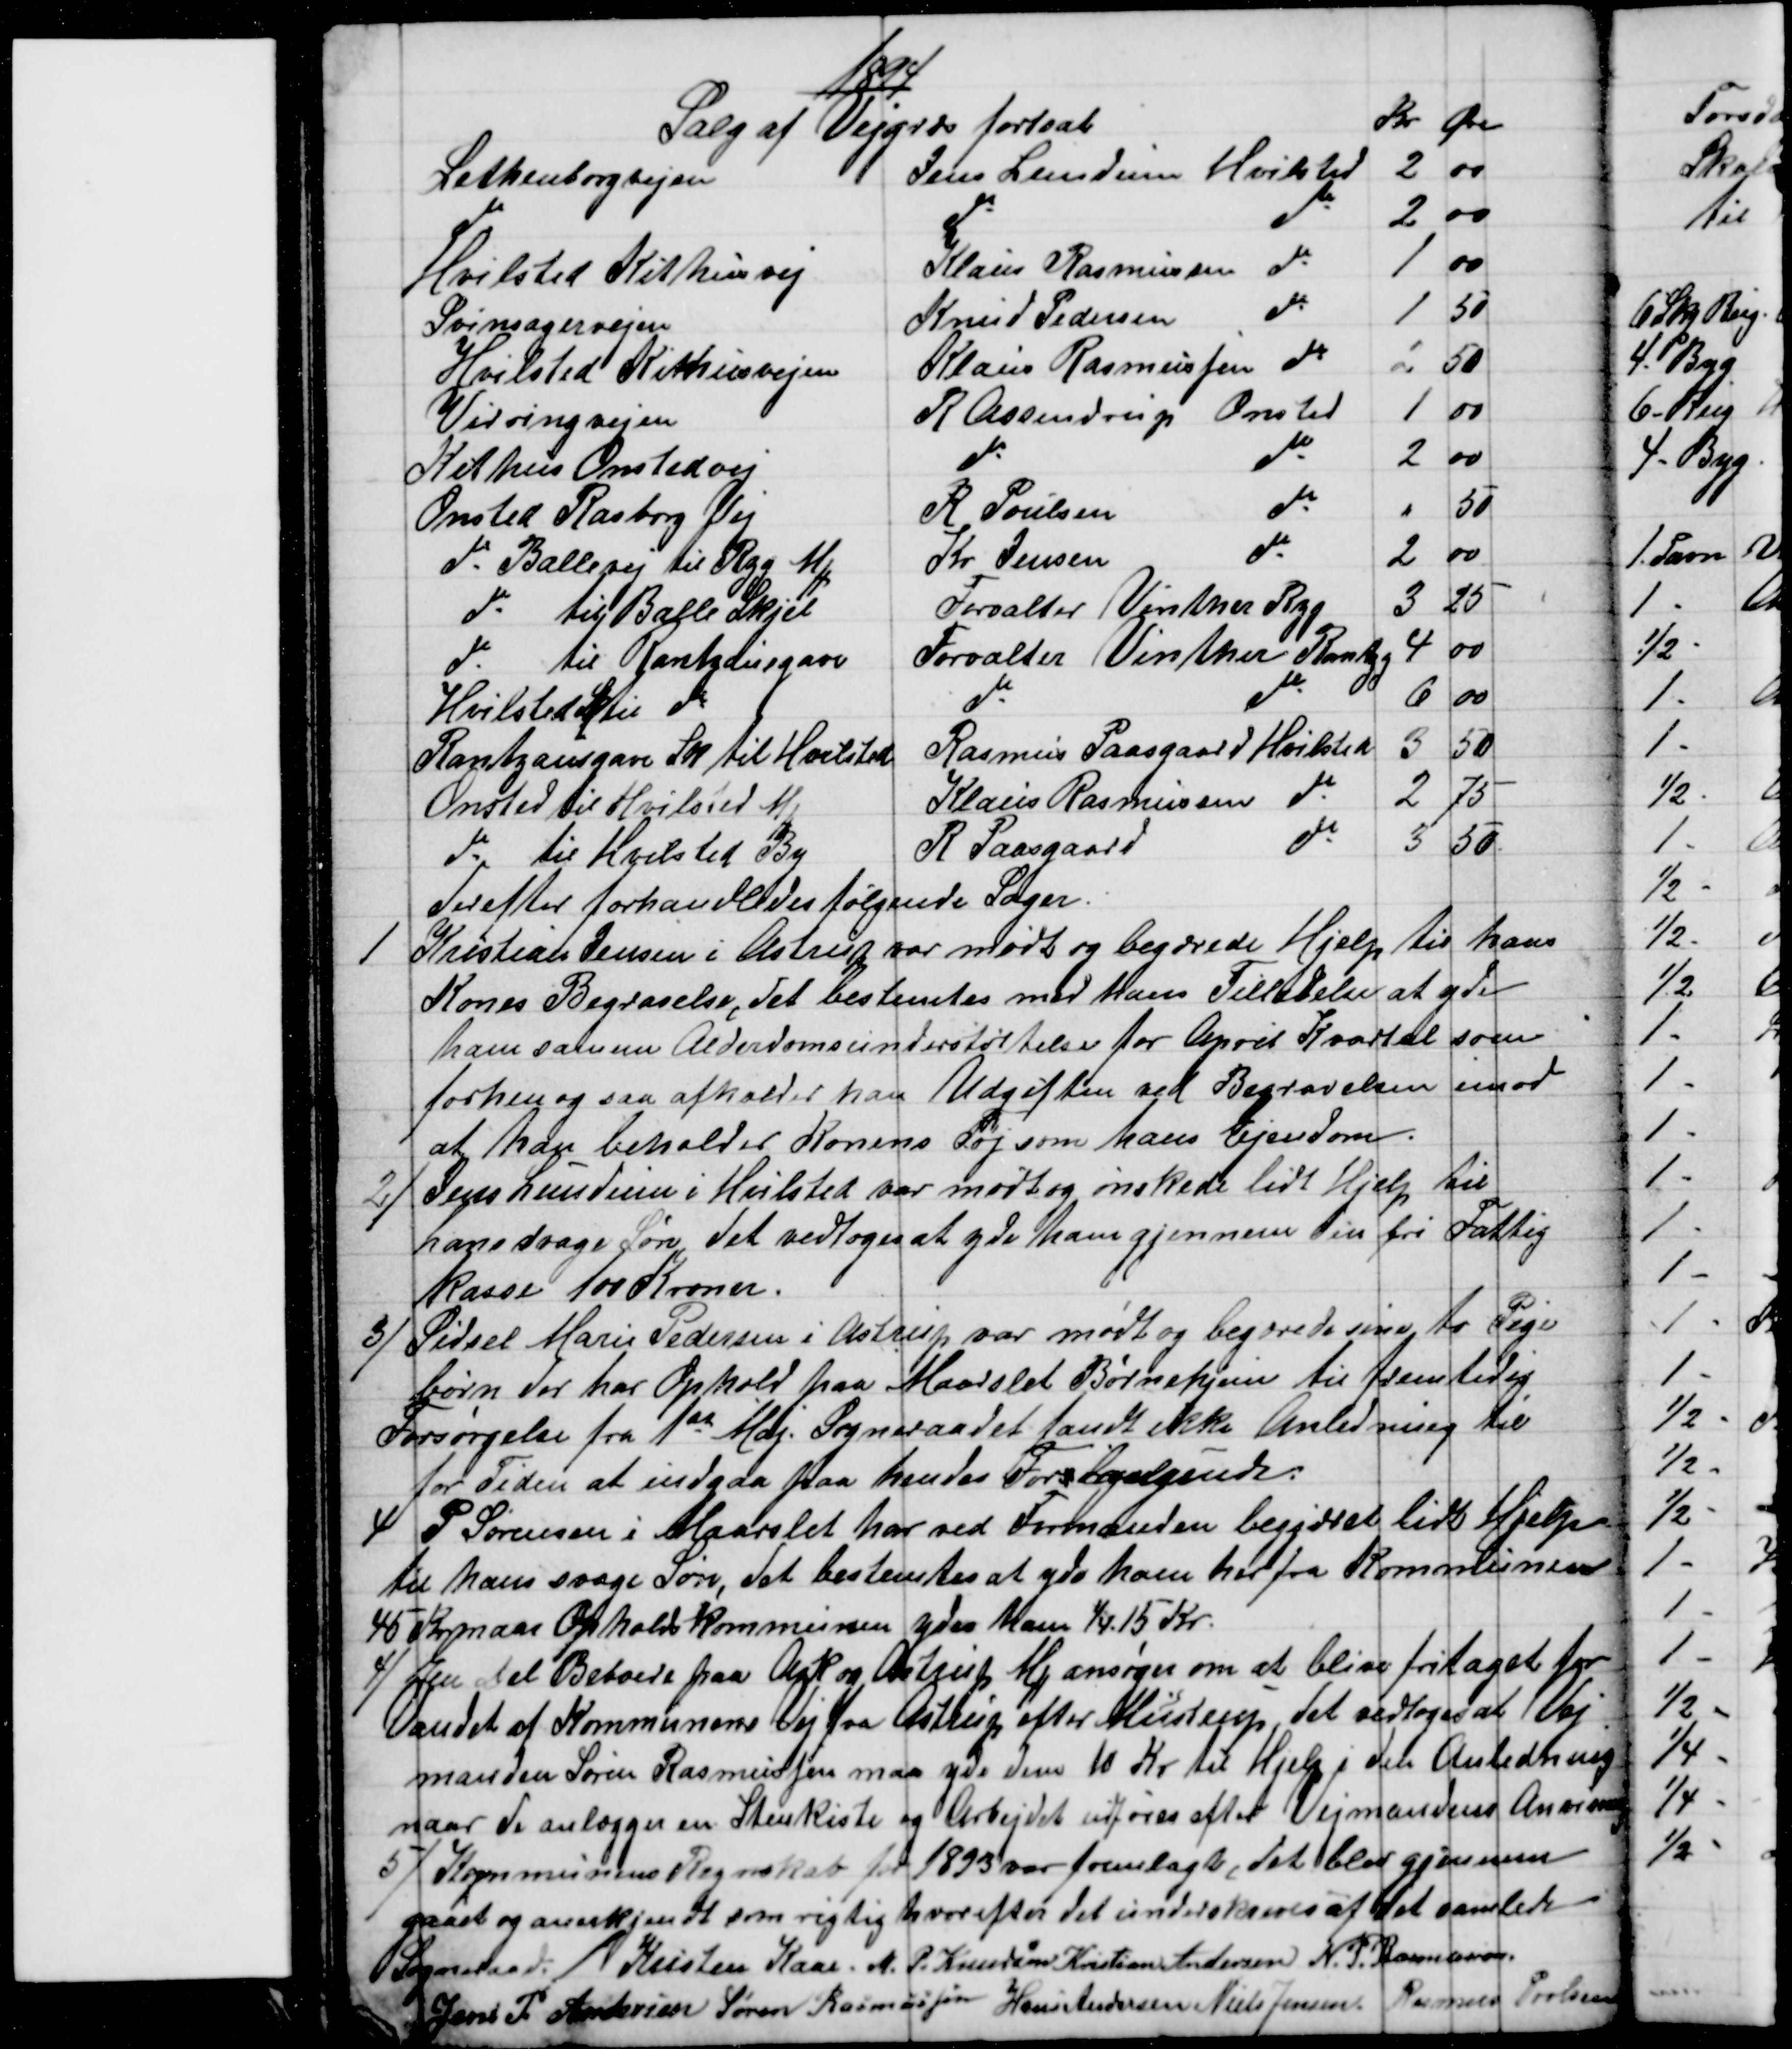
Transskription:
1894
Salg af Vejgræs fortsat
Kr 
Øre
Lethenborgvejen
Jens Lundum Hvilsted
2
00
do
do
do
2
00
Hvilsted Kithusvej
Klaus Rasmussen do
1
00
Svinsagervejen
Knud Pedersen 
do
1
50
Hvilsted Kithusvejen
Klaus Rasmussen do
2
50
Virringvejen
R Assendrup Onsted
1
00
Kithus Onstedvej
do
do 
2
00
Onsted Rasborg Vej
R Poulsen
do
"
50
do Ballevej til Rzg MH
Kr. Jensen 
do
2
00
do til Balle Skjel
Forvalter Vinther Rzg
3
25
do til Rantzausgave
Forvalter Vinther Rantzg
4
00
Hvilsted Sti do
do
do
6
00
Rantzausgave Sk til Hvilsted
Rasmus Paasgaard Hvilsted
3
50
Onsted til Hvilsted MH
Klaus Rasmussen do
2
75
do til Hvilsted By
R. Paasgaard 
do
3
50
derefter forhandledes følgende Sager.
1
Kristian Jensen i Astrup var mødt og begærede Hjelp til hans
Kones Begravelse, det bestemtes med hans Tilladelse at yde
ham samme Alderdomsunderstøttelse for April Kvartal som
forhen og saa afholder han Udgiften ved Begravelsen imod
at han beholder Konens Tøj som hans Ejendom.
2)
Jens Lundum i Hvilsted var mødt og ønskede lidt Hjelp til
hans svage Søn, det vedtoges at yde han gjennem den fri Fattig
kasse 100 Kroner.
3)
Sidsel Marie Pedersen i Astrup var mødt og begærede sine to Pige
børn der har Ophold paa Maarslet Børnehjem til fremtidig
Forsørgelse fra 1st Maj. Sogneraadet fandt ikke Anledning til
for Tiden at indgaa paa hendes Forlangende.
4
P. Sørensen i Maarslet har ved Formanden begjæret lidt Hjelp
til hans svage Søn, det bestemtes at yde ham her fra Kommunen
45 Kr naar Opholdskommunen yder ham ¼. 15 Kr.
4) 
En del Beboere paa Ask og Astrup MH ansøger om at blive fritaget for
Vandet af Kommunens Vej fra Astrup efter Mustrup, det vedtoges at Vej
manden Søren Rasmussen maa yde dem 10 Kr til Hjelp i den Anledning
naar de anlægger en Stenkiste og Arbejdet udføres efter Vejmandens Anvisning
5)
 Kommunens Regnskab til 1893 var fremlagt, det blev gjennem
gaaet og anerkjendt som rigtig hvorefter det underskreves af det samlede
Sogneraad.  Kristen Kaae. M. P. Knudsen Kristian Andersen N. P. Rasmussen
Jens P Andersen Søren Rasmussen Hans Andersen Niels Jensen Rasmus Povlsen